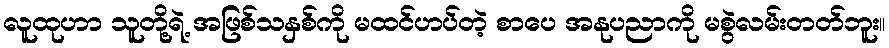
လူထုဟာ သူတို့ရဲ့ အဖြစ်သနှစ်ကို မထင်ဟပ်တဲ့ စာပေ အနုပညာကို မစွဲလမ်းတတ်ဘူး။